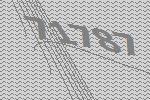
71787